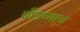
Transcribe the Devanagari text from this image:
बाँडच्याच